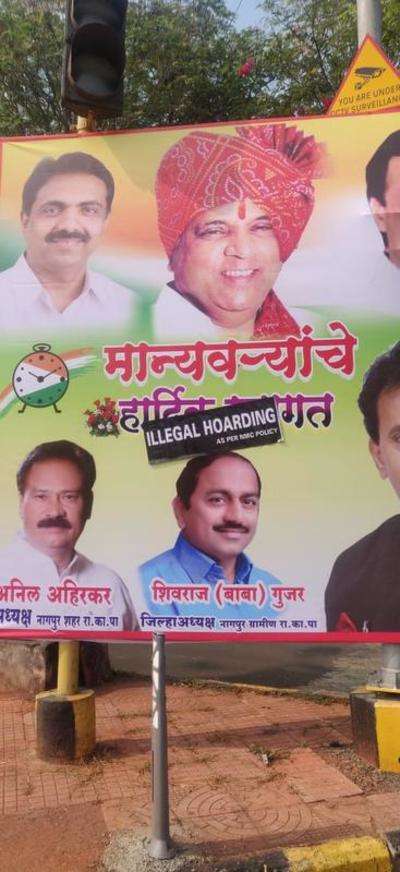
Language: marathi
Transcription: मान्यवऱ्याचे शिवराज जिल्हाअध्यक्ष (बाबा) शहर ग्रामीण अहिरकर गुजर नागपुर अध्यक्ष नागपुर